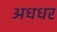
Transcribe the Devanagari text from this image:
अधधर